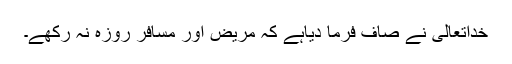
خداتعالیٰ نے صاف فرما دیاہے کہ مریض اور مسافر روزہ نہ رکھے۔